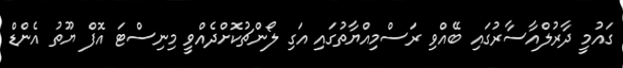
ގައުމީ ދާރުލްއާސާރުގައި ބޭއްވި ރަސްމިއްޔާތުގައި އަގި ލޯންޗުކޮށްދެއްވީ މިނިސްޓަ އޮފް ޔޫތު އެންޑް